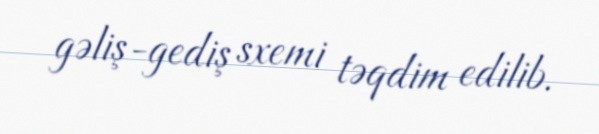
gəliş-gediş sxemi təqdim edilib.